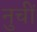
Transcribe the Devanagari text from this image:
नुचीं